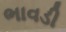
ભાવડી